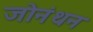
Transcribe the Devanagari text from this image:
जोनंथन